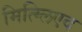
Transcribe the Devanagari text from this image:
मित्ग्लिएद